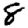
Digit: 8